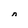
Character: n